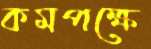
কমপক্ষে